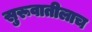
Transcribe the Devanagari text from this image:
सुरूवातीलाच